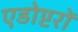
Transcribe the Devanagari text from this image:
एडोप्टरों